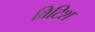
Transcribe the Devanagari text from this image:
व्रिटिश